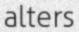
alters